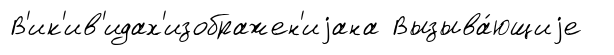
В'ик'ив'идах'изображен'иjана Вызыва́ющиjе